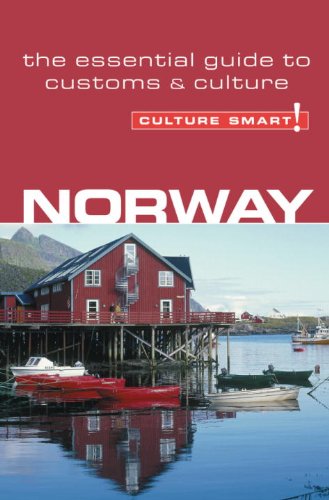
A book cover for Norway - Culture Smart!: the essential guide to customs & culture; Linda March; Business & Money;